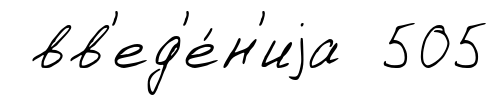
вв'ед'е́н'иjа 505